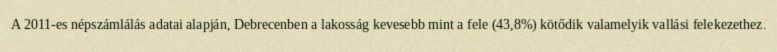
A 2011-es népszámlálás adatai alapján, Debrecenben a lakosság kevesebb mint a fele (43,8%) kötődik valamelyik vallási felekezethez.